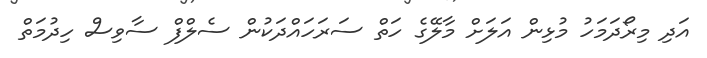
އަދި މިރޯދަމަހު މުޅިން އަލަށް މާލޭގެ ހަތް ސަރަހައްދަކުން ސެލްފް ސާވިސް ހިދުމަތް